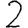
Digit: 2